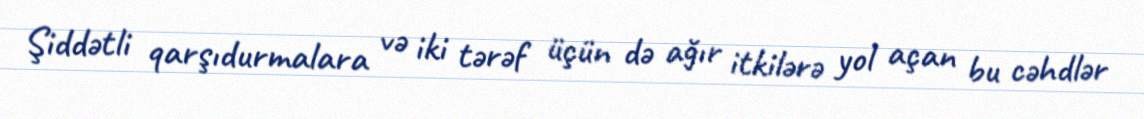
Şiddətli qarşıdurmalara və iki tərəf üçün də ağır itkilərə yol açan bu cəhdlər